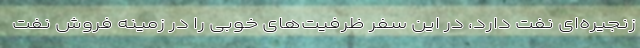
زنجیره‌ای نفت دارد، در این سفر ظرفیت‌های خوبی را در زمینه فروش نفت